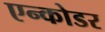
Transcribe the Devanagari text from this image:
एन्कोडर